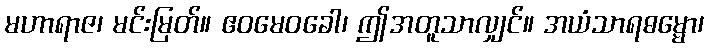
မဟာရာဇ၊ မင်းမြတ်။ ဧဝမေဝခေါ၊ ဤအတူသာလျှင်။ အယံသာရဓမ္မော၊